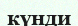
күнди